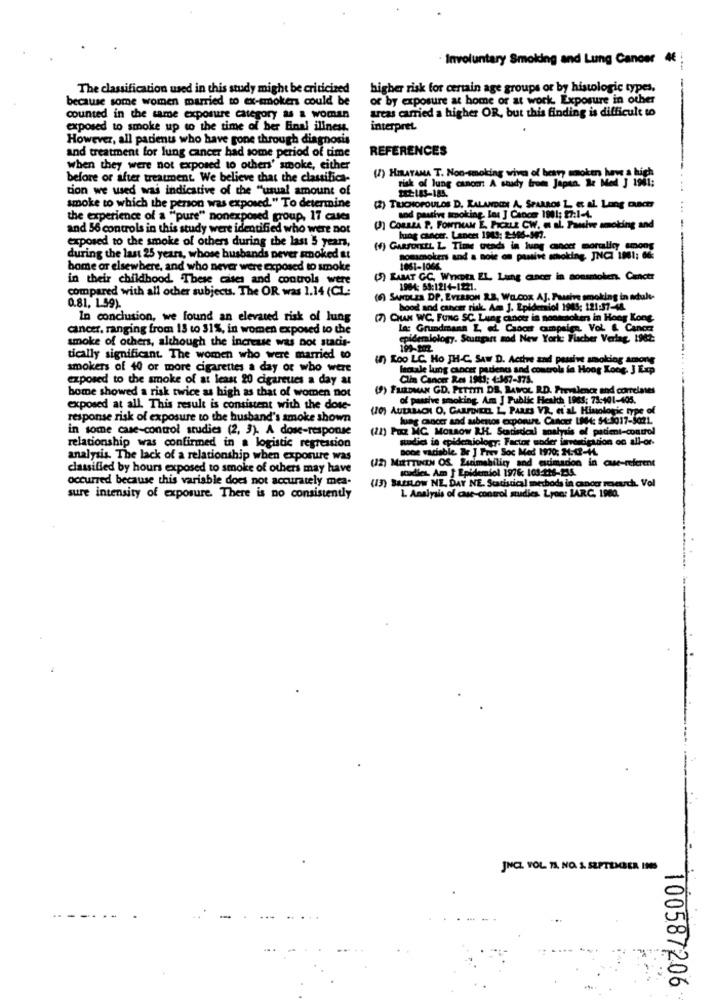
Involuntary Smoking and Lung Cancer 4€
The classification used in this study might be criticized
higher risk for certain age groups or by histologic types.
because some women married to ex-smokers could be
of by exposure at home or at work Exposure in other
arcas carried a higher OR, but this finding is difficult to
counted in the same exposure category as a woman
exposed to smoke up to the time of her Einal illness.
interpret
However, all patients who have gone through diagnosis
REFERENCES
and treatment for lung cancer had some period of time
when they were not exposed to others' smoke, either
before or after treatment. We believe that the classifica-
() HIRATANA T. Non-smoking vive of berry woken have a buch
risk of lung canom: A shady from Japan. Ic Med J 1941:
tion we used was indicative of the "usual amount of
smoke to which the person was exposed." To determine
(2) TRICHHOPOULOS D. KALAMDIE A, SPARAOS L. Et al. Long DuCH
the experience of a ""pure" nonexposed group, 17 cues
and passive scooking. Int J Cance 1001: 27:1-4.
and 56 controls in this study were identified who were not
() CORREA P. FONTHAM E. PICKLE CW. « al. Tamive smoking and
exposed to the smoke of others during the last 5 years,
lung cancer. Lancet 1943: 2396-947.
(f) GARFORLtL L Time ocada in lung cancer mortality emons
during the last 25 years, whose husbands never smoked &t
sommolen and a nok on passive smoking, JNCI 1801: 6%
home or elsewhere, and who never were exposed to smoke
1061-1066
in their childhood. These cases and controls were
(5) RABAT GC. WINDER EL Lung cancer in aossmolen. Canctr
compared with all other subjects. The OR was 1.14 (CL:
1964: 59:1214-1221.
0.81, 1.59).
(6) SurLes DP. EVERSON R.B, WILCox AJ. Passive smoking in adult-
bood and cancer risk. Am J. Epidersiol 1905; 121:37-48.
In conclusion, we found an elevated risk of lung
(7) CHAN WC. FUNG SC. Lung cancer is noosmoken in Hong Kong.
cancer, ranging from 13 to 31%, in women exposed to the
Las Grundmann L, al Cancer campaign, Vol & Cancer
smoke of others, although the increase was not stadis-
epidemiology. Stungan sod New York Flacher Verlag, 1982
tically significant. The women who were married to
(6) Zoo LC No JH-C. Saw D. Active and passive smoking among
smokers of 40 or more cigarettes a day or who were
Inatale lung cancer patients and controls in Hong Kong. J Esp
exposed to the smoke of at least 20 cigarettes a day at
Clin Canon Res 1943: 4:367-375.
(9) FRIEDMAN GD. PETTIT DE, LAWOL RD. Prevalence and correlates
bome showed a risk twice as high as that of women not
of passive smoking. Am J Public Health 1985: 73:101-405.
exposed at all. This result is consistent with the dose-
(10) AUERBACH O, CARFINEIL L, PARES VR, et AL Histologic type of
response risk of exposure to the husband's smoke shown
lung cancer and asbestos exponure. Cancer LINHA: 54:5017-9021.
in some case-control studies (2, 3). A dose-response
(22) Puz MC MORROW R.H. Scarisdeal analysis of patient-control
studies in epidemiology; Factor soder imenigation oo all-or-
relationship was confirmed in a logistic regression
sone variable. Br J Prev Soc Med 1970; 3:42-4.
analysis. The lack of a relationship when exposure was
classified by hours exposed to smoke of others may have
(2) MIETTINEN OS. Zumability and estimadon in case-referent
soudles. Am J Epidemiol 1976; 103-216-235.
(13) BASSLOW NE. DAY NE. Statistical method
occurred because this variable does not accurately mea-
yais of case-control studies. Lyon: IARC. 1960.
Imethods in cancer research. Vol
sure intensity of exposure. There is no consistently
JNCL YOL TA NO. 1. SEPTEMBER INS
100587206